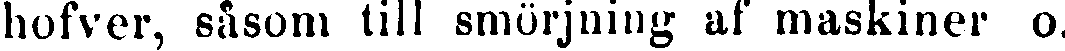
hofver, såsom till smörjning af maskiner o.